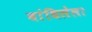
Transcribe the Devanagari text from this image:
बांधिलेला